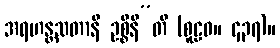
အရဟန္တသတာနိ ဥစ္စိနီ”တိ (စူဠဝ။ ၄၃၇)။